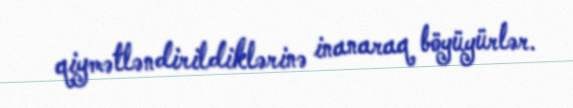
qiymətləndirildiklərinə inanaraq böyüyürlər.